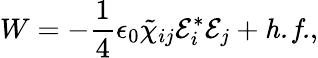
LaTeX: W=-\frac{1}{4}\epsilon_{0}\tilde{\chi}_{ij}\mathcal{E}_{i}^{*}\mathcal{E}_{j}+\mathit{h.f.},